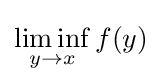
\liminf _{y\to x}f(y)